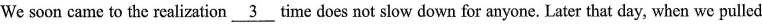
We soon came to the realization \underline{3} time does not slow down for anyone. Later that day, when we pulled